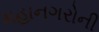
મહાનગરોની